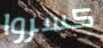
كسروا